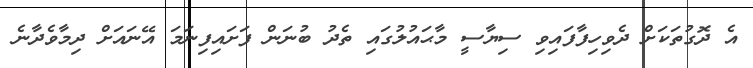
އެ ދޮގުތަކަށް ދެވިހިފާފައިވި ސިޔާސީ މާޙައުލުގައި ތެދު ބުނަން ފަށައިފިނަމަ އޭނައަށް ދިމާވެދާނެ